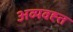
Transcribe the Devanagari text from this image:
अव्यवह्त